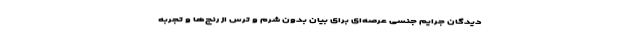
دیدگان جرایم جنسی عرصه‌ای برای بیان بدون شرم و ترس از رنج‌ها و تجربه